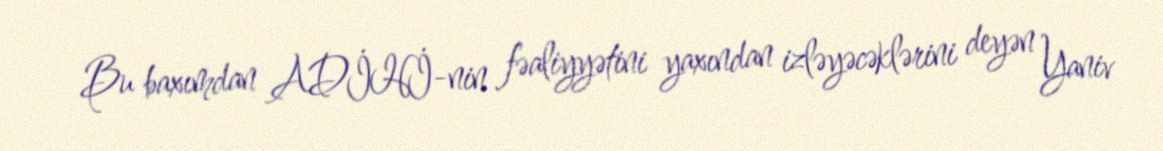
Bu baxımdan ADİHİ-nin fəaliyyətini yaxından izləyəcəklərini deyən Yaniv